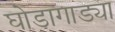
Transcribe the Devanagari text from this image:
घोडागाड्या